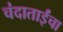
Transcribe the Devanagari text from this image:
चंदाताईंचा